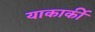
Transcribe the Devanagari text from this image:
याकार्की